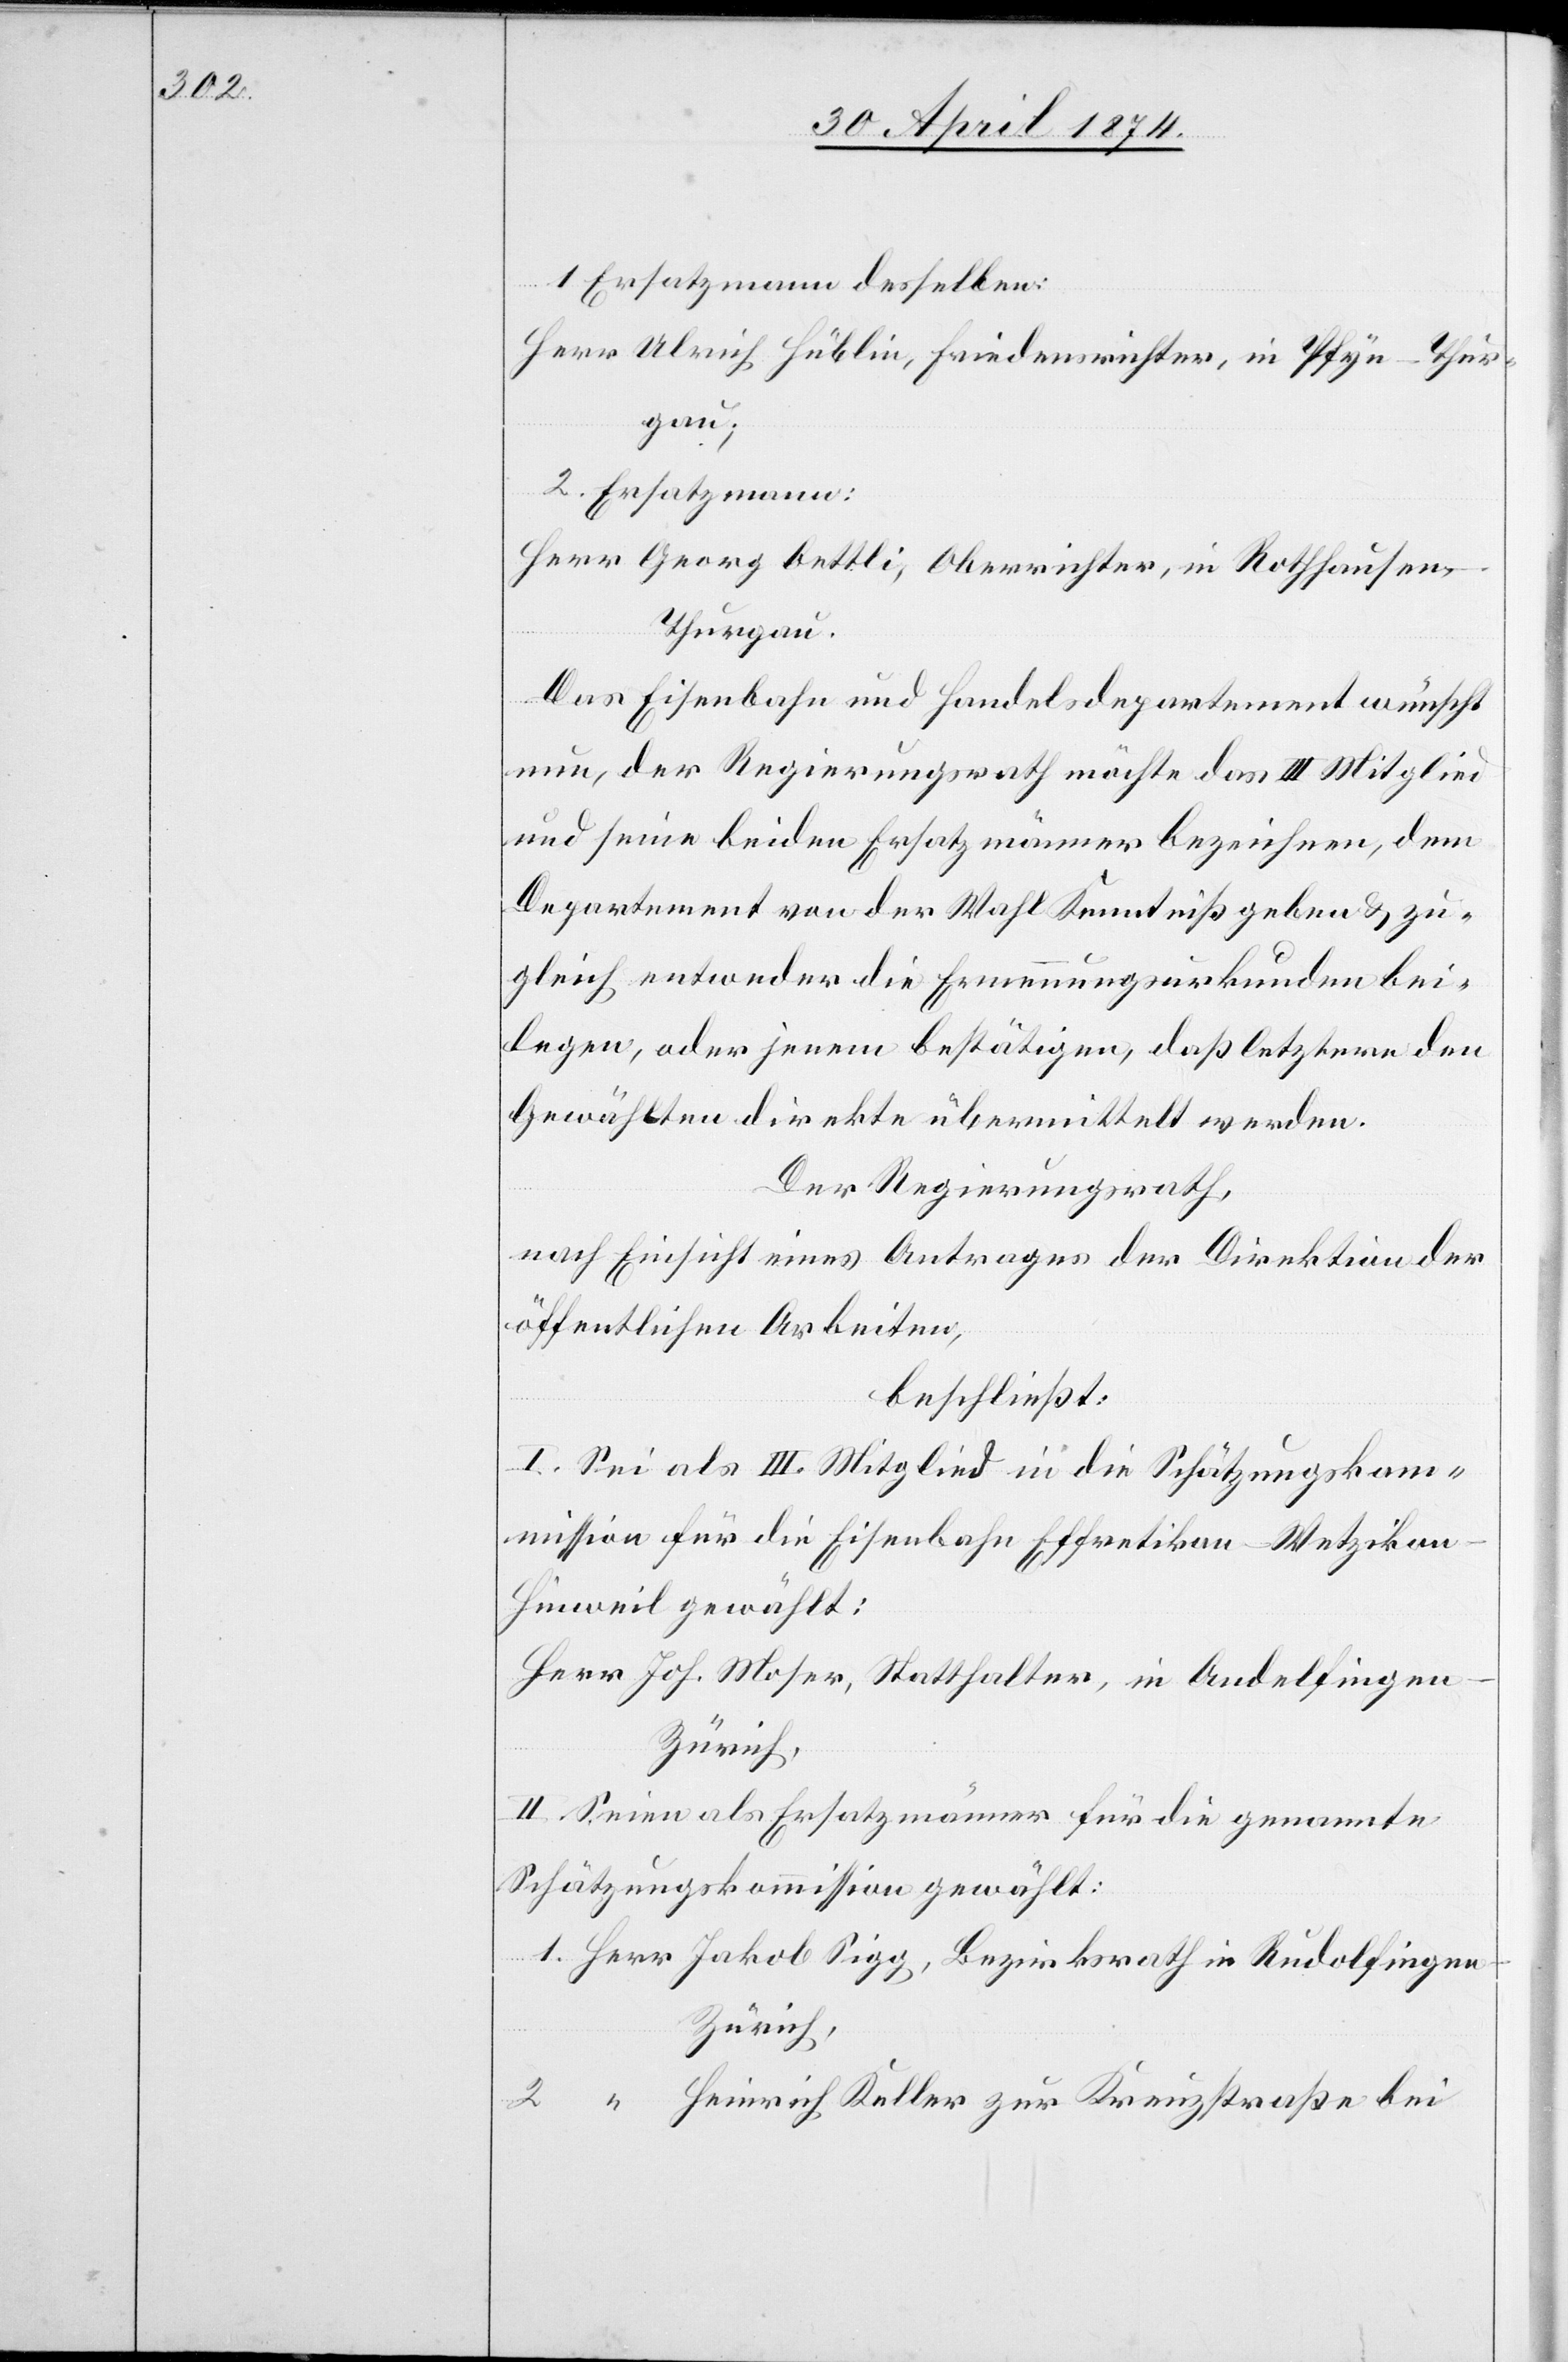
1. Ersatzmann desselben:
Herr Ulrich Hüblin, Friedensrichter, in Pfyn-Thur¬
gau;
2. Ersatzmann:
Herr Georg Oettli, Oberrichter, in Rothhausen-T¬
hurgau.
Das Eisenbahn und Handelsdepartement wünscht
nun, der Regierungsrath möchte das III. Mitglied
und seine beiden Ersatzmänner bezeichnen, dem
Departement von der Wahl Kenntniß geben u. zu¬
gleich entweder die Ernennungsurkunden bei¬
legen, oder jenem bestätigen, daß letztere den
Gewählten direkte übermittelt werden.
Der Regierungsrath,
nach Einsicht eines Antrages der Direktion der
öffentlichen Arbeiten,
beschließt:
I. Sei als III. Mitglied in die Schätzungskom¬
mission für die Eisenbahn Effretikon-Wetziko¬
n-Hinweil gewählt:
Herr Joh. Moser, Statthalter, in Andelfingen-Z¬
ürich,
II. Seien als Ersatzmänner für die genannte
Schätzungskommission gewählt:
1. Herr Jakob Sigg, Bezirksrath in Rudolfinge¬
n-Zürich,
2. “ Heinrich Keller zur Kreuzstraße bei